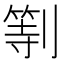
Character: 𠟚